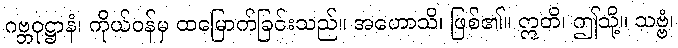
ဂဗ္ဘဝုဋ္ဌာနံ၊ ကိုယ်ဝန်မှ ထမြောက်ခြင်းသည်။ အဟောသိ၊ ဖြစ်၏။ ဣတိ၊ ဤသို့။ သဗ္ဗံ၊